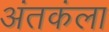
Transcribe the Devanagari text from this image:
अंतकंला